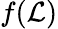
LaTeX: f(\mathcal{L})